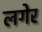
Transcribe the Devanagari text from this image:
लगेर